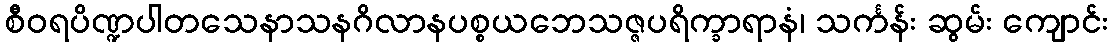
စီဝရပိဏ္ဍပါတသေနာသနဂိလာနပစ္စယဘေသဇ္ဇပရိက္ခာရာနံ၊ သင်္ကန်း ဆွမ်း ကျောင်း